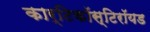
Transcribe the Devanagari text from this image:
कार्टिकॉस्टिरॉयड